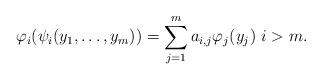
LaTeX: \begin{align*}\varphi_i(\psi_i(y_1,\dots,y_m)) = \sum_{j=1}^m a_{i,j}\varphi_j(y_j) \ i>m.\end{align*}